Mental hospitals Bombay report 1921-28 - 1921-1928
Year: 1921
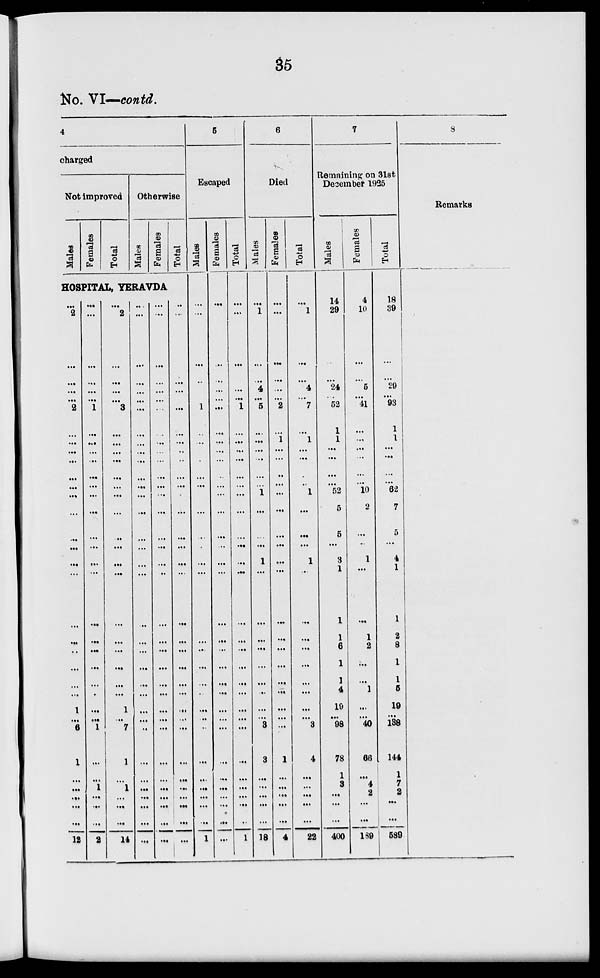
35
No. VI—contd.
4
charged
Not improved
Males
Females
Total
Otherwise
Males
Females
Total
HOSPITAL, YERAVDA
...
2
...
...
...
... 2
...
...
...
...
...
...
...
...
...
...
...
...
...
...
...
...
...
...
1
...
6
1
...
...
...
...
...
12
...
...
...
...
...
...
1
...
...
...
...
...
...
...
...
...
...
...
...
...
...
...
...
...
...
...
...
1
...
...
...
1
...
...
2
...
2
...
...
...
...
3
...
...
...
...
...
...
...
...
...
...
...
...
...
...
...
...
...
...
1
...
7
1
...
1
1
...
...
14
...
...
...
...
...
...
...
...
...
...
...
...
...
...
...
...
...
...
...
...
...
...
...
...
...
...
...
...
...
...
...
...
...
...
...
...
...
...
...
...
...
...
...
...
...
...
...
...
...
...
...
...
...
..
...
...
...
...
...
...
...
...
...
...
...
...
...
...
...
...
...
...
...
...
...
...
...
...
...
..
...
...
...
...
...
...
...
...
...
...
...
...
...
...
...
...
...
...
...
...
...
...
...
...
...
5
Escaped
Males
...
...
...
...
...
...
1
...
...
...
...
...
...
...
...
...
...
...
...
...
...
...
...
...
...
...
...
...
...
...
...
...
...
...
1
Females
...
...
...
...
...
...
...
...
...
...
...
...
...
...
...
...
...
...
...
...
...
...
...
...
...
...
...
...
...
...
...
...
...
...
...
Total
...
...
...
...
...
...
1
...
...
...
...
...
...
...
...
...
...
...
...
...
...
...
...
...
...
...
...
...
...
...
...
...
...
...
1
6
Died
Males
...
1
...
...
4
...
5
...
...
...
..
...
...
1
...
...
...
1
...
...
...
...
...
...
...
...
...
3
3
...
...
...
...
...
18
Females
...
...
...
...
...
...
2
...
1
...
...
...
...
...
...
...
...
...
...
...
...
...
...
...
...
...
...
...
1
...
...
...
...
...
4
Total
...
1
...
...
4
... 7
...
1
...
...
...
...
1
...
...
...
1
...
...
...
...
...
...
...
...
...
3
4
...
...
...
...
...
22
7
Remaining on 31st
December 1925
Males
14
29
...
...
24
... 52
1
1
...
...
...
...
52
5
5
...
3
1
1
1
6
1
1
4
19
...
98
78
1
3
...
...
...
400
Females
4
10
...
...
5
...
41
...
...
...
...
...
...
10
2
...
...
1
...
...
1
2
...
...
1
...
...
40
66
...
4
2
...
...
189
Total
18
39
...
...
29
...
93
1
1
...
...
...
...
62
7
5
...
4
1
1
2
8
1
1
5
19
...
138
144
1
7
2
...
...
589
8
Remarks